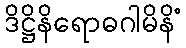
ဒိဋ္ဌိနိရောဓဂါမိနိံ